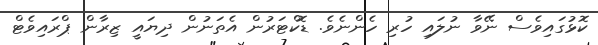
ކޮޅުގައިވެސް ނޭވާ ނުލައި ހުރި ހެންނެވެ. ޑޮކްޓަރުން އެތަނުން ދިޔައީ ޒިރާން ޕްރައިވެޓް